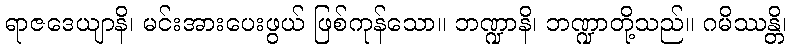
ရာဇဒေယျာနိ၊ မင်းအားပေးဖွယ် ဖြစ်ကုန်သော။ ဘဏ္ဍာနိ၊ ဘဏ္ဍာတို့သည်။ ဂမိဿန္တိ၊